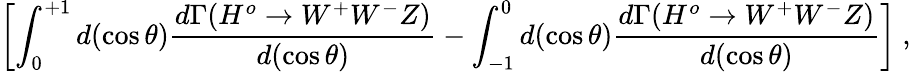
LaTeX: \left[\int_{0}^{+1}d(\cos\theta)\frac{d\Gamma(H^{o}\to W^{+}W^{-}Z)}{d(\cos\theta)}-\int_{-1}^{0}d(\cos\theta)\frac{d\Gamma(H^{o}\to W^{+}W^{-}Z)}{d(\cos\theta)}\right]\ ,